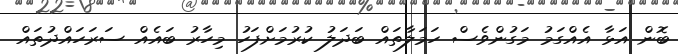
ބޮން އަޅާ އެއްގަމު މަގުންވެސް ހަމަލާތައް ބަދަލު ކުރުމަށްފަހު މިހާރު ބައެއް ސަރަހައްދުތައް